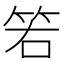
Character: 𥬡